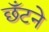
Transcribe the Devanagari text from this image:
छँटने